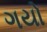
ગયો